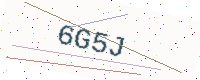
Text: 6G5J